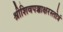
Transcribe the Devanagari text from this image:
श्रीशिवपञ्चाक्षरस्तोत्रं